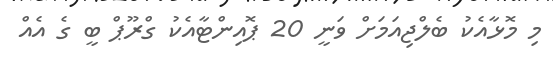
މި މޮޅާއެކު ބެލްޖިއަމަށް ވަނީ 20 ޕޮއިންޓާއެކު ގްރޫޕް ބީ ގެ އެއް